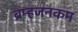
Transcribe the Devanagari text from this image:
ब्रम्हजनकम